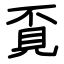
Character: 覔